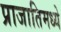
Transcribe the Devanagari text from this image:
प्राजातिमध्ये